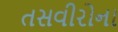
તસવીરોના